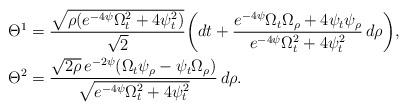
LaTeX: \begin{align*} \Theta^1 &= \frac{\sqrt{\rho(e^{-4\psi} \Omega_t^2 + 4 \psi_t^2)}}{\sqrt{2}} \bigg( dt + \frac{e^{-4\psi} \Omega_t \Omega_\rho + 4\psi_t \psi_\rho}{e^{-4\psi} \Omega_t^2 + 4 \psi_t^2}\, d\rho \bigg), \\\Theta^2 &= \frac{\sqrt{2\rho}\, e^{-2\psi} (\Omega_t \psi_\rho - \psi_t \Omega_\rho)}{\sqrt{e^{-4\psi} \Omega_t^2 + 4 \psi_t^2}}\, d\rho.\end{align*}